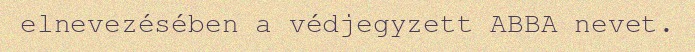
elnevezésében a védjegyzett ABBA nevet.